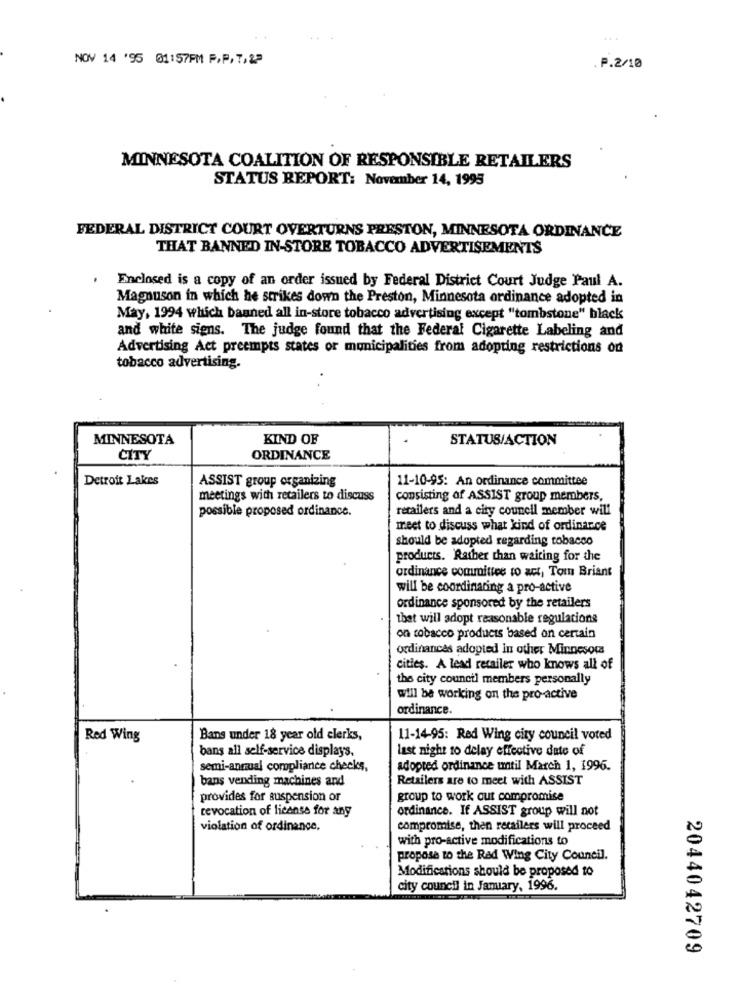
NOV 14 '95 01:57PM F.P. 7. 2ª
.P.2/10
MINNESOTA COALITION OF RESPONSIBLE RETAILERS
STATUS REPORT: November 14, 1995
FEDERAL DISTRICT COURT OVERTURNS PRESTON, MINNESOTA ORDINANCE
THAT BANNED IN-STORE TOBACCO ADVERTISEMENTS
.
Enclosed is a copy of an order issued by Federal District Court Judge Paul A.
Magnuson in which he strikes down the Preston, Minnesota ordinance adopted in
May, 1994 which baaned all in-store tobacco advertising except "tombstone" black
and white signs. The judge found that the Federal Cigarette Labeling and
Advertising Act preempts states or municipalities from adopting restrictions on
tobacco advertising.
MINNESOTA
KIND OF
STATUS/ACTION
ČITY
ORDINANCE
Detroit Lakes
ASSIST group organizing
11-10-95: An ordinance committee
meetings with retailers to discuss
consisting of ASSIST group members,
possible proposed ordinance.
retailers and a city council member will
meet to discuss what kind of ordinance
should be adopted regarding tobacco
products. Rather than waiting for the
ordinance committee to act, Tom Briant
will be coordinating a pro-active
ordinance sponsored by the retailers
that will adopt reasonable regulations
on tobacco products based on certain
ordinances adopted in other Minnesota
cities. A lead retailer who knows all of
the city council members personally
will be working on the pro-active
ordinance.
Red Wing
Bans under 18 year old clerks,
11-14-95: Red Wing city council voted
bans all self-service displays,
last night to delay effective date of
semi-annual compliance checks,
adopted ordinance until March 1, 1996.
bans vending machines and
Retailers are to meet with ASSIST
provides for suspension or
group to work out compromise
revocation of license for any
ordinance. If ASSIST group will not
violation of ordinance,
compromise, then retailers will proceed
with pro-active modifications to
propose to the Red Wing City Council.
Modifications should be proposed to
city council in January, 1996.
2044042709